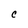
Character: c